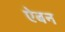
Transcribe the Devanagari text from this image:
ऐबन